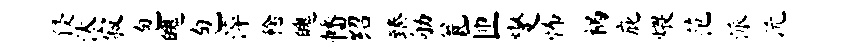
侵汰寂包魄包淬稔魄幡绍臻劬瓮匝燮怖祸庇煨范派沅